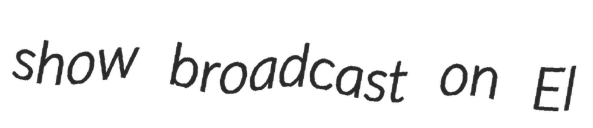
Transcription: show broadcast on El